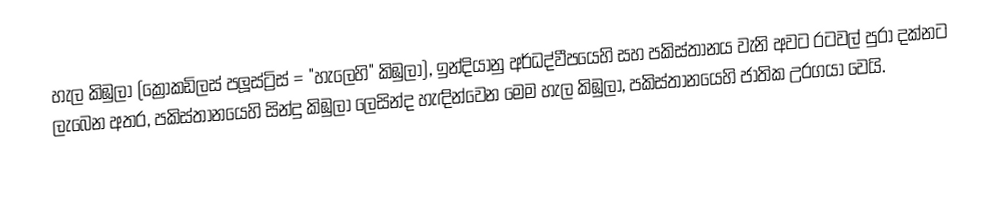
හැල කිඹුලා (ක්‍රොකඩිලස් පලූස්ට්‍රිස් = "හැලෙහි" කිඹුලා), ඉන්දියානු අර්ධද්වීපයෙහි සහ පකිස්තානය වැනි අවට රටවල් පුරා දක්නට ලැබෙන අතර, පකිස්තානයෙහි  සින්දු කිඹුලා ලෙසින්ද හැඳින්වෙන මෙම හැල කිඹුලා,  පකිස්තානයෙහි ජාතික උරගයා වෙයි.